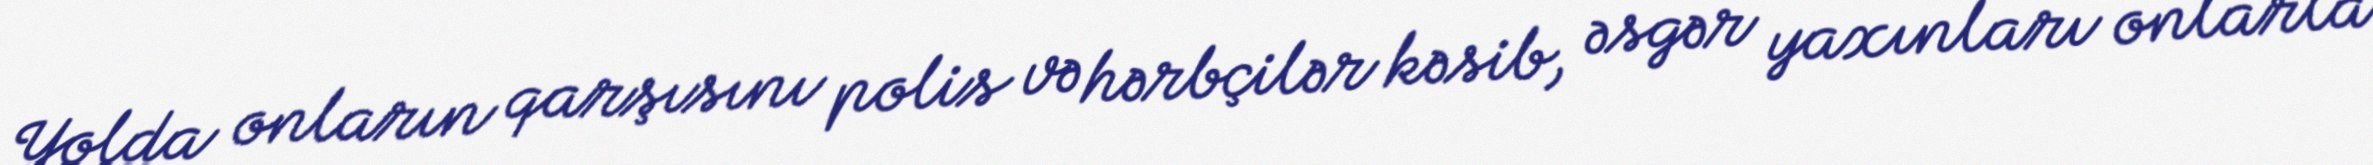
Yolda onların qarşısını polis və hərbçilər kəsib, əsgər yaxınları onlarla